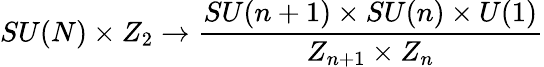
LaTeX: SU(N)\times Z_{2}\rightarrow{\frac{SU(n+1)\times SU(n)\times U(1)}{Z_{n+1}\times Z_{n}}}